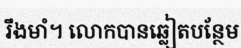
រឹងមាំ។ លោកបានឆ្លៀតបន្ថែម